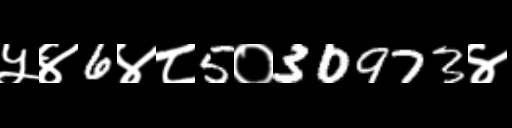
Text: ५४6४८5०30973४